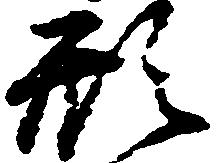
形